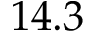
1 4 . 3